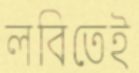
লবিতেই